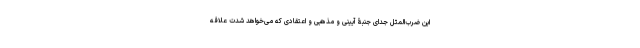
این ضرب‌المثل جدای جنبۀ آیینی و مذهبی و اعتقادی که می‌خواهد شدت علاقه